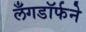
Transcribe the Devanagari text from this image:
लँगडॉर्फने